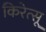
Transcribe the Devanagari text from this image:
किरेत्सू